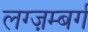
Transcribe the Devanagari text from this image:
लग्ज़म्बर्ग